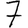
Digit: 7